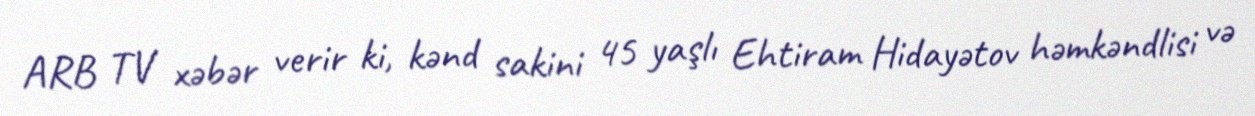
ARB TV xəbər verir ki, kənd sakini 45 yaşlı Ehtiram Hidayətov həmkəndlisi və